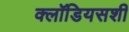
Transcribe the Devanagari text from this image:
क्लॉडियसशी